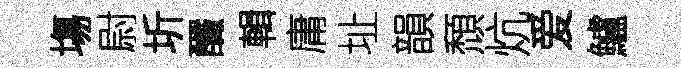
塲尉圻釅輯庸址韻頹炕爱鱸